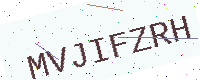
Text: MVJIFZRH